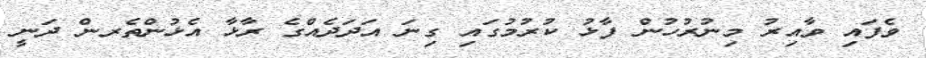
ވެފައި ވާއިރު މިނުރުހުން ފާޅު ކުރުމުގައި ގިނަ އަދަދެއްގެ ރާޅާ އެޅުންތެރން ދަނީ